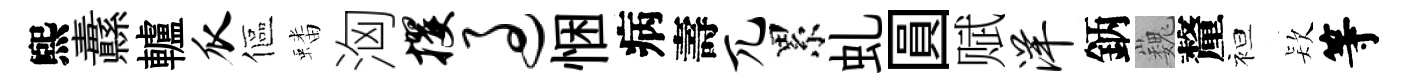
煕纛轤瓜傴蟠洶攫过悃病壽兀累虬圓赋洋鈵巍釐袒𣣇等